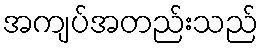
အကျပ်အတည်းသည်